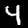
Digit: 4